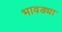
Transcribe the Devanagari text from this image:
भावड्या